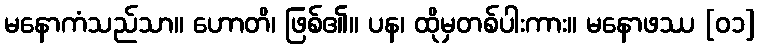
မနောကံသည်သာ။ ဟောတိ၊ ဖြစ်၏။ ပန၊ ထိုမှတစ်ပါးကား။ မနောဖဿ [၀၁]